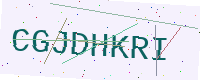
Text: CGJDHKRI